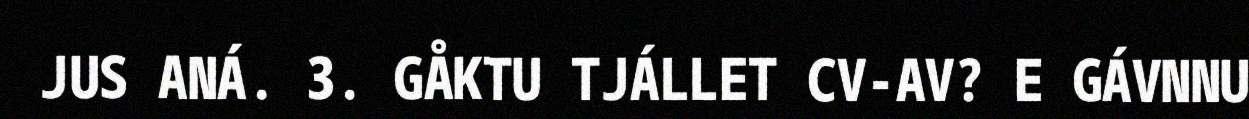
JUS ANÁ. 3. GÅKTU TJÁLLET CV-AV? E GÁVNNU